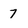
Character: 7